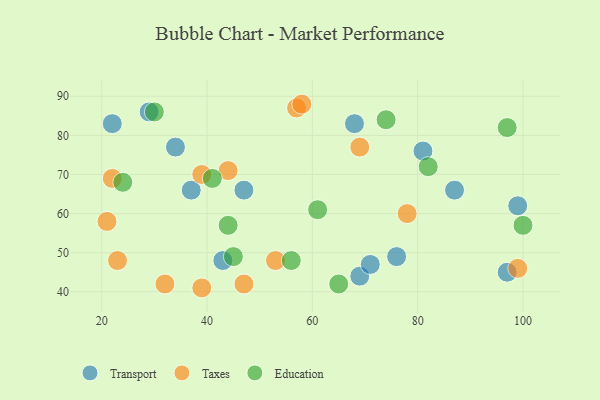
{"axis": {"x": "GDP", "y": "Life Expectancy"}, "legend": ["Education", "Taxes", "Transport"], "data": [{"x": "99", "y": 62, "type": "Transport"}, {"x": "43", "y": 48, "type": "Transport"}, {"x": "81", "y": 76, "type": "Transport"}, {"x": "68", "y": 83, "type": "Transport"}, {"x": "97", "y": 45, "type": "Transport"}, {"x": "29", "y": 86, "type": "Transport"}, {"x": "69", "y": 44, "type": "Transport"}, {"x": "37", "y": 66, "type": "Transport"}, {"x": "76", "y": 49, "type": "Transport"}, {"x": "47", "y": 66, "type": "Transport"}, {"x": "34", "y": 77, "type": "Transport"}, {"x": "22", "y": 83, "type": "Transport"}, {"x": "87", "y": 66, "type": "Transport"}, {"x": "71", "y": 47, "type": "Transport"}, {"x": "78", "y": 60, "type": "Taxes"}, {"x": "39", "y": 70, "type": "Taxes"}, {"x": "53", "y": 48, "type": "Taxes"}, {"x": "39", "y": 41, "type": "Taxes"}, {"x": "44", "y": 71, "type": "Taxes"}, {"x": "69", "y": 77, "type": "Taxes"}, {"x": "21", "y": 58, "type": "Taxes"}, {"x": "57", "y": 87, "type": "Taxes"}, {"x": "23", "y": 48, "type": "Taxes"}, {"x": "22", "y": 69, "type": "Taxes"}, {"x": "47", "y": 42, "type": "Taxes"}, {"x": "58", "y": 88, "type": "Taxes"}, {"x": "32", "y": 42, "type": "Taxes"}, {"x": "99", "y": 46, "type": "Taxes"}, {"x": "56", "y": 48, "type": "Education"}, {"x": "30", "y": 86, "type": "Education"}, {"x": "41", "y": 69, "type": "Education"}, {"x": "97", "y": 82, "type": "Education"}, {"x": "44", "y": 57, "type": "Education"}, {"x": "65", "y": 42, "type": "Education"}, {"x": "61", "y": 61, "type": "Education"}, {"x": "24", "y": 68, "type": "Education"}, {"x": "45", "y": 49, "type": "Education"}, {"x": "100", "y": 57, "type": "Education"}, {"x": "82", "y": 72, "type": "Education"}, {"x": "74", "y": 84, "type": "Education"}]}